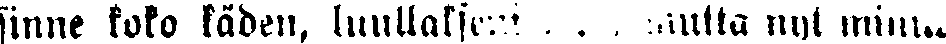
sinne koko käden, luullakseni . . . mutta nyt minut